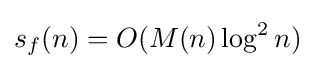
s_{f}(n)=O(M(n)\log ^{2}n)